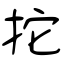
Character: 拕